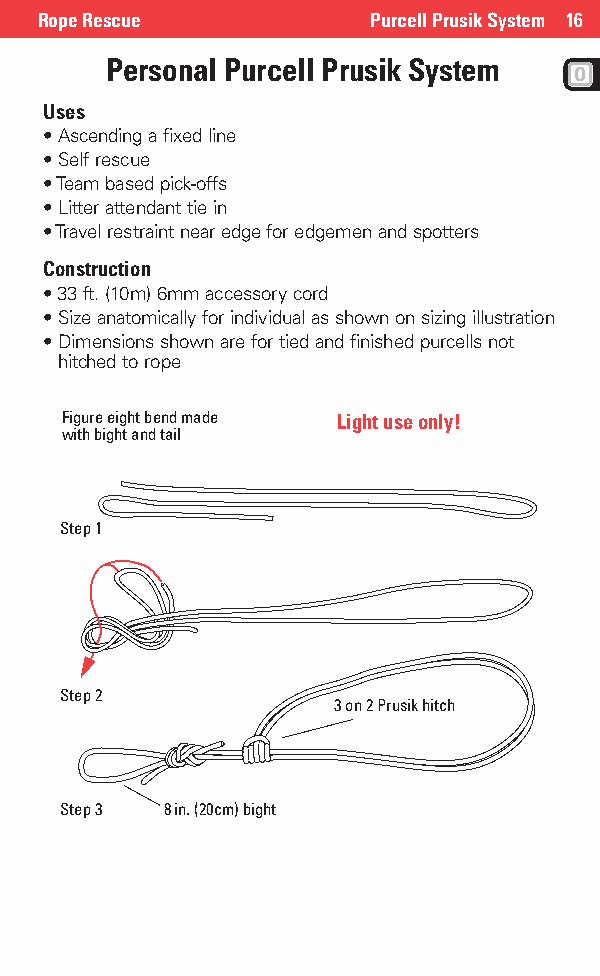
Rope Rescue           Purcell Prusik System 16
 Personal Purcell Prusik System
 Uses
 • Ascending a fixed line
 • Self rescue
 • Team based pick-offs
 • Litter attendant tie in
 • Travel restraint near edge for edgemen and spotters
 Construction
 • 33 ft. (10m) 6mm accessory cord
 • Size anatomically for individual as shown on sizing illustration
 • Dimensions shown are for tied and finished purcells not
 hitched to rope
 Figure eight bend made Light use only!
 with bight and tail
 Step 1
 Step 2
 3 on 2 Prusik hitch
 Step 3 8 in. (20cm) bight